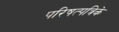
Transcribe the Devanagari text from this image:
परिषत्पत्रिके